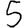
Digit: 5